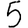
Digit: 5